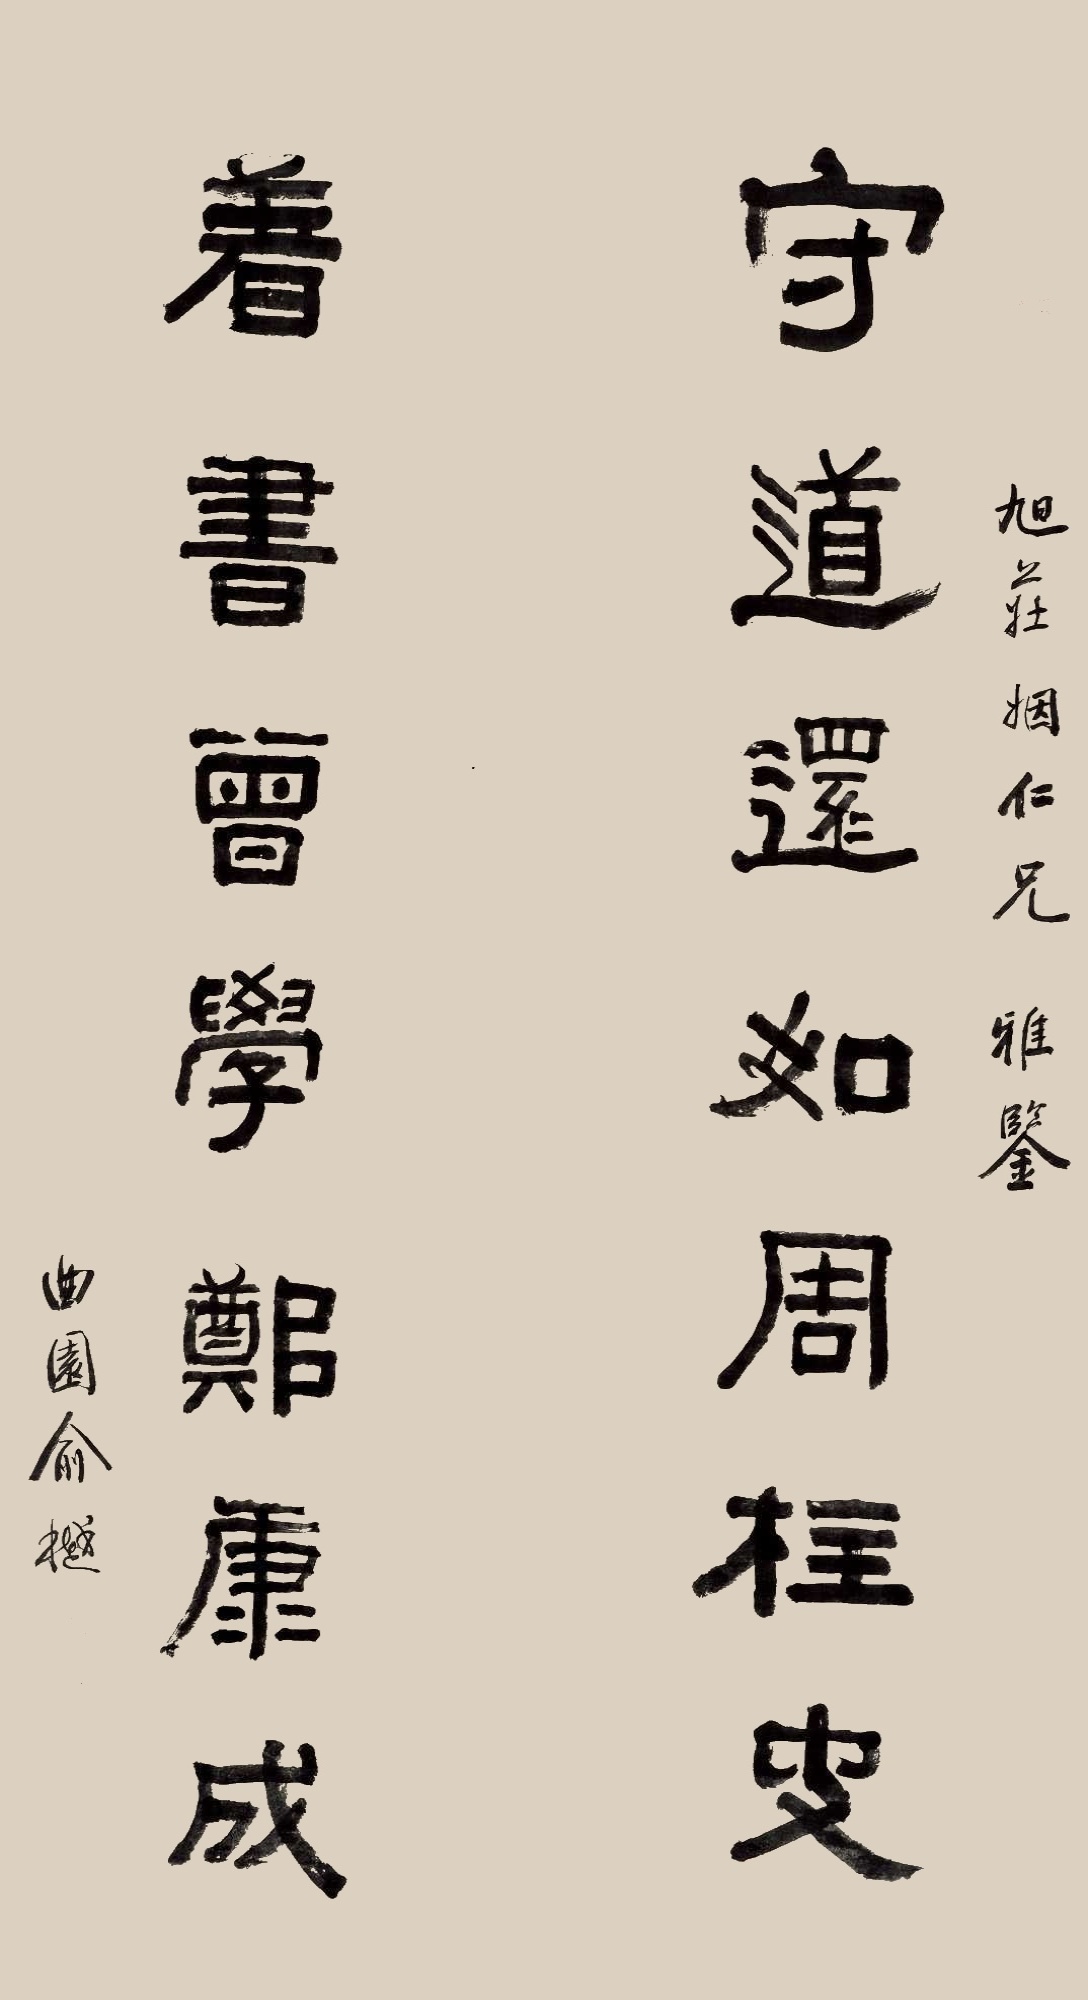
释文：守道还如周柱史，著书曾学郑康成。旭庄姻仁兄雅鉴，曲园俞樾。